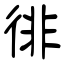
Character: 徘